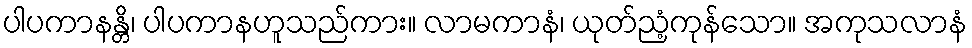
ပါပကာနန္တိ၊ ပါပကာနဟူသည်ကား။ လာမကာနံ၊ ယုတ်ညံ့ကုန်သော။ အကုသလာနံ